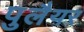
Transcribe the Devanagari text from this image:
पुलैयर